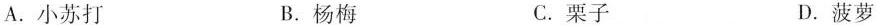
A.小苏打 B.杨梅 C.栗子 D.菠萝